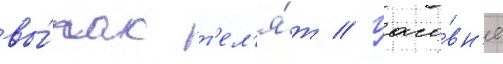
вы́пас т'ел'я́т // Часо́вн'я